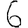
Digit: 6